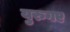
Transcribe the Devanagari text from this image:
युरुगए